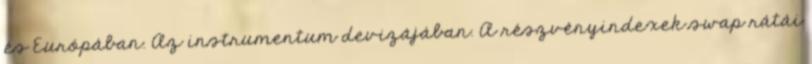
és Európában. Az instrumentum devizájában. A részvényindexek swap rátái